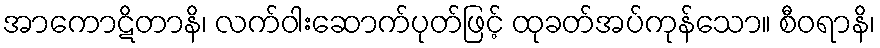
အာကောဋိတာနိ၊ လက်ဝါးဆောက်ပုတ်ဖြင့် ထုခတ်အပ်ကုန်သော။ စီဝရာနိ၊